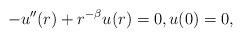
LaTeX: \begin{align*}-u''(r) + r^{-\beta}u(r) = 0, u(0) = 0,\end{align*}